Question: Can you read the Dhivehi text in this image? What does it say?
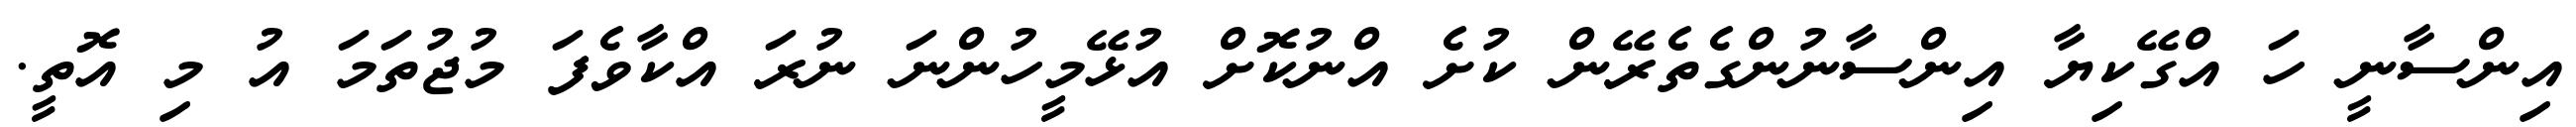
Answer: އިންސާނީ ހަ އްގޭކިޔާ އިންސާނުންގެތެރޭން ކުށެ އްނުކޮށް އުޅޭމީހުންނަ ނުރަ އްކާވެފަ މުޖުތަމަ އު މި އޮތީ.